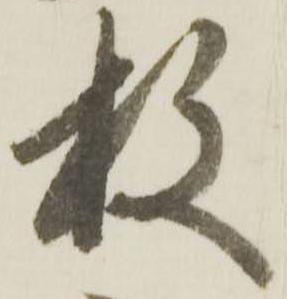
枚